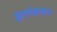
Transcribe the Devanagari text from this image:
इंटरनेशलन